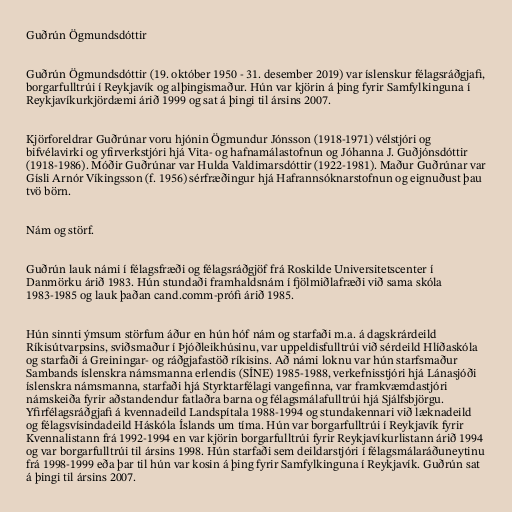
Guðrún Ögmundsdóttir

Guðrún Ögmundsdóttir (19. október 1950 - 31. desember 2019) var íslenskur félagsráðgjafi,
borgarfulltrúi í Reykjavík og alþingismaður. Hún var kjörin á þing fyrir Samfylkinguna í
Reykjavíkurkjördæmi árið 1999 og sat á þingi til ársins 2007.

Kjörforeldrar Guðrúnar voru hjónin Ögmundur Jónsson (1918-1971) vélstjóri og
bifvélavirki og yfirverkstjóri hjá Vita- og hafnamálastofnun og Jóhanna J. Guðjónsdóttir
(1918-1986). Móðir Guðrúnar var Hulda Valdimarsdóttir (1922-1981). Maður Guðrúnar var
Gísli Arnór Víkingsson (f. 1956) sérfræðingur hjá Hafrannsóknarstofnun og eignuðust þau
tvö börn.

Nám og störf.

Guðrún lauk námi í félagsfræði og félagsráðgjöf frá Roskilde Universitetscenter í
Danmörku árið 1983. Hún stundaði framhaldsnám í fjölmiðlafræði við sama skóla
1983-1985 og lauk þaðan cand.comm-prófi árið 1985.

Hún sinnti ýmsum störfum áður en hún hóf nám og starfaði m.a. á dagskrárdeild
Ríkisútvarpsins, sviðsmaður í Þjóðleikhúsinu, var uppeldisfulltrúi við sérdeild Hlíðaskóla
og starfaði á Greiningar- og ráðgjafastöð ríkisins. Að námi loknu var hún starfsmaður
Sambands íslenskra námsmanna erlendis (SÍNE) 1985-1988, verkefnisstjóri hjá Lánasjóði
íslenskra námsmanna, starfaði hjá Styrktarfélagi vangefinna, var framkvæmdastjóri
námskeiða fyrir aðstandendur fatlaðra barna og félagsmálafulltrúi hjá Sjálfsbjörgu.
Yfirfélagsráðgjafi á kvennadeild Landspítala 1988-1994 og stundakennari við læknadeild
og félagsvísindadeild Háskóla Íslands um tíma. Hún var borgarfulltrúi í Reykjavík fyrir
Kvennalistann frá 1992-1994 en var kjörin borgarfulltrúi fyrir Reykjavíkurlistann árið 1994
og var borgarfulltrúi til ársins 1998. Hún starfaði sem deildarstjóri í félagsmálaráðuneytinu
frá 1998-1999 eða þar til hún var kosin á þing fyrir Samfylkinguna í Reykjavík. Guðrún sat
á þingi til ársins 2007.